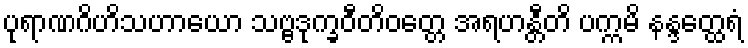
ပုရာဏဂိဟိသဟာယော သဗ္ဗဒုက္ခဝီတိဝတ္တေ အရဟန္တီတိ ပက္ကမိ နန္ဒတ္ထေရံ